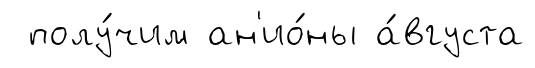
полу́чим ан'ио́ны а́вгуста